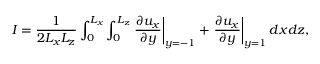
I = \frac { 1 } { 2 L _ { x } L _ { z } } \int _ { 0 } ^ { L _ { x } } \int _ { 0 } ^ { L _ { z } } \left. \frac { \partial u _ { x } } { \partial y } \right| _ { y = - 1 } + \left. \frac { \partial u _ { x } } { \partial y } \right| _ { y = 1 } d x d z ,